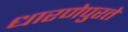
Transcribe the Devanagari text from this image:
धारणेपुरते